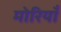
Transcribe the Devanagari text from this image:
मोरियाँ